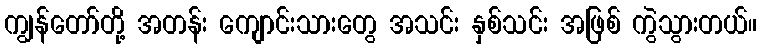
ကျွန်တော်တို့ အတန်း ကျောင်းသားတွေ အသင်း နှစ်သင်း အဖြစ် ကွဲသွားတယ်။